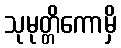
သုမုတ္တိကောမှိ